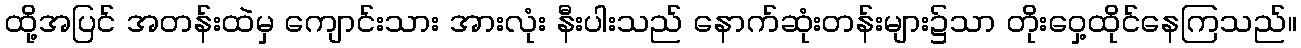
ထို့အပြင် အတန်းထဲမှ ကျောင်းသား အားလုံး နီးပါးသည် နောက်ဆုံးတန်းများ၌သာ တိုးဝှေ့ထိုင်နေကြသည်။